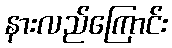
နားလည်ကြောင်း